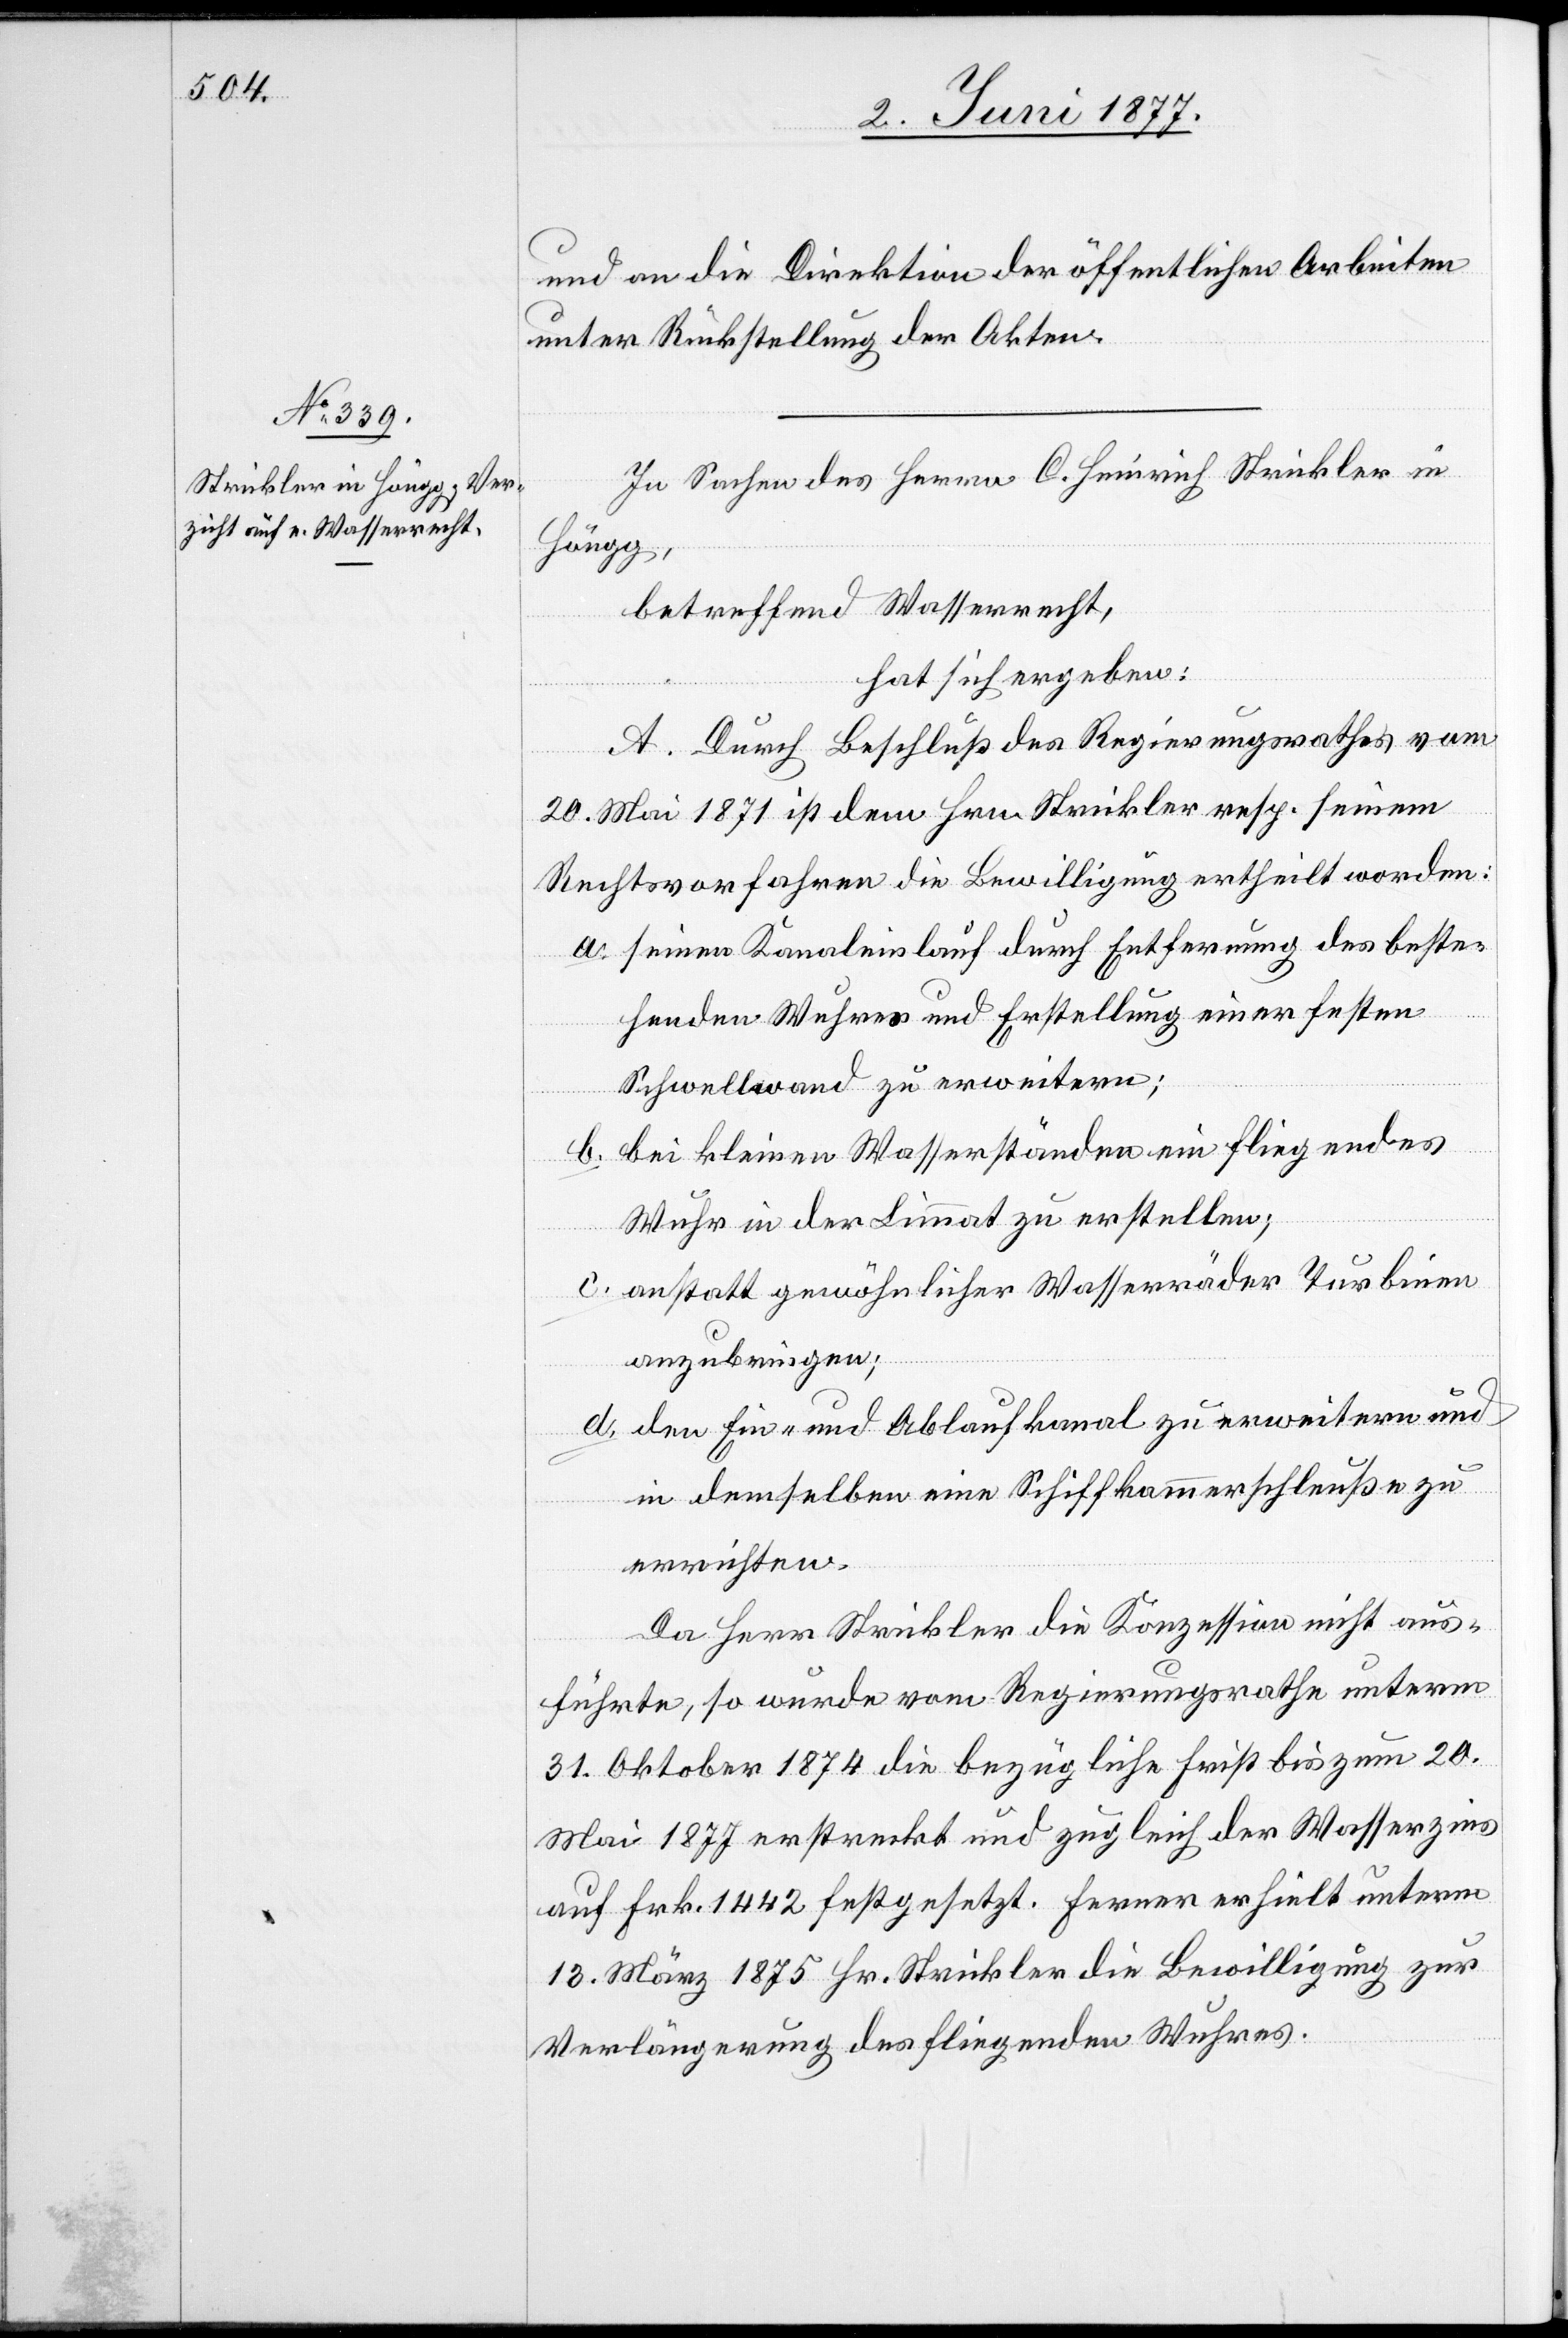
und an die Direktion der öffentlichen Arbeiten
unter Rückstellung der Akten.
In Sachen des Herrn C. Heinrich Strickler in
Höngg,
betreffend Wasserrecht,
hat sich ergeben:
A. Durch Beschluß des Regierungsrathes vom
20. Mai 1871 ist dem Hrn. Strickler resp. seinem
Rechtsvorfahren die Bewilligung ertheilt worden:
a. seinen Kanaleinlauf durch Entfernung des beste¬
hende Wuhres und Erstellung einer festen
Schwellwand zu erweitern;
b. bei kleinen Wasserständen ein fliegendes
Wuhr in der Limmat zu erstellen;
c. anstatt gewöhnlicher Wasserräder Turbinen
anzubringen;
d. den Ein- und Ablaufkanal zu erweitern und
in demselben eine Schiffkammerschleuße zu
errichten.
Da Herr Strickler die Konzession nicht aus¬
führte, so wurde vom Regierungsrathe unterm
31. Oktober 1874 die bezügliche Frist bis zum 20
Mai 1877 erstreckt und zugleich der Wasserzins
auf Frk. 1442 festgesetzt. Ferner erhielt unterm
13. März 1875 Hr. Strickler die Bewilligung zur
Verlängerung des fliegenden Wuhres.